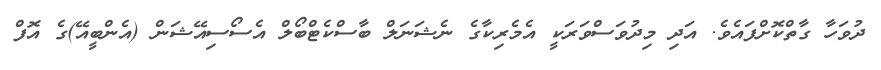
ދުވަހާ ގާތްކޮށްފައެވެ. އަދި މިދުވަސްވަރަކީ އެމެރިކާގެ ނެޝަނަލް ބާސްކެޓްބޯލް އެސޯސިއޭޝަން (އެންބީއޭ)ގެ އޮފް